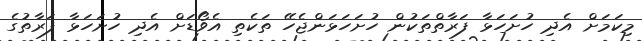
މިކަމަށް އެދި ހުށަހަޅާ ފަރާތްތަކުން ހުށަހަޅަންޖެހޭ ތަކެތި އެވޯޑަށް އެދި ހުށަހަޅާ ފަރާތުގެ